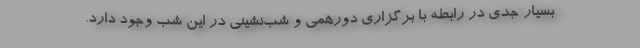
بسیار جدی در رابطه با برگزاری دورهمی و شب‌نشینی در این شب‌ وجود دارد.